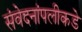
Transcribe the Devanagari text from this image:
संवेदनांपलीकडे